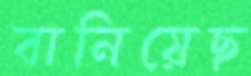
বানিয়েছ